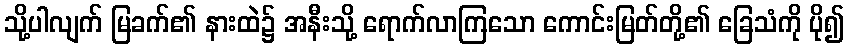
သို့ပါလျက် မြခက်၏ နားထဲ၌ အနီးသို့ ရောက်လာကြသော ကောင်းမြတ်တို့၏ ခြေသံကို ပို၍